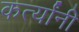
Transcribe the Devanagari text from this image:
कर्त्यांनी